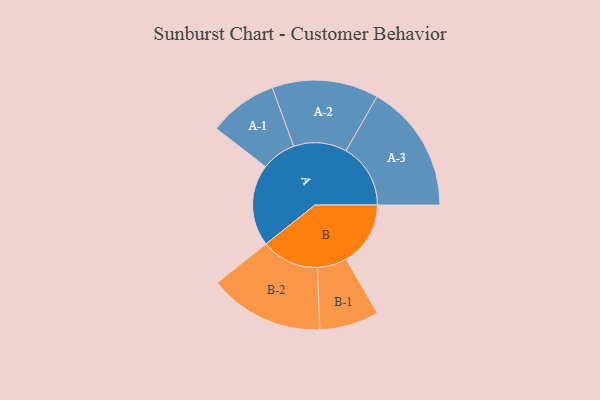
{"axis": {"x": "Segment", "y": "Value"}, "legend": ["", "A", "B"], "data": [{"x": "A", "y": 305, "type": ""}, {"x": "B", "y": 240, "type": ""}, {"x": "A-1", "y": 129, "type": "A"}, {"x": "A-2", "y": 199, "type": "A"}, {"x": "A-3", "y": 241, "type": "A"}, {"x": "B-1", "y": 111, "type": "B"}, {"x": "B-2", "y": 215, "type": "B"}]}